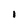
Character: 1